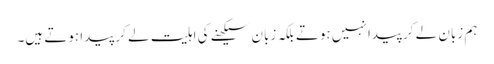
ہم زبان لے کر پیدا نہیں ہوتے بلکہ زبان سیکھنے کی اہلیت لے کر پیدا ہوتے ہیں۔